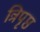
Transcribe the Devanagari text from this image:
त्रिपृष्ठ